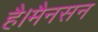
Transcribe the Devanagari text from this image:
है।मैनसन